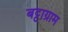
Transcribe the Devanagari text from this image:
बट्टाग्राम